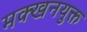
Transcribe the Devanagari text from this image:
मक्खनयुक्त